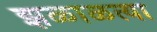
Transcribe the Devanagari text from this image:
झळाळत्या